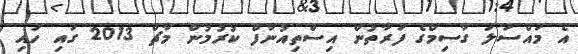
އެ މައްސަލަ ގާސިމްގެ ފަރާތުން އިސްތިއުނާފް ކުރުމުން މާޗް 2013 ގައި ހައި